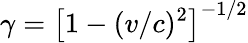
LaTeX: \gamma=\left[1-(v/c)^{2}\right]^{-1/2}